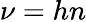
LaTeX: \nu=hn